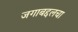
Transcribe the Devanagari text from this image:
जगाबद्दलचा